Annual report of the Central Committee of the Association together with the report of the directors of the Pasteur Institute at Kasauli
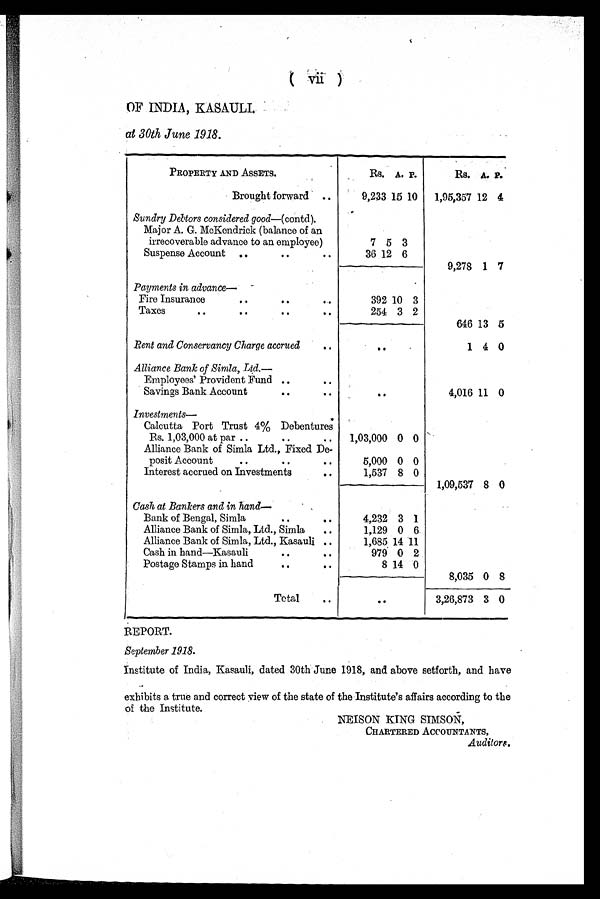
OF INDIA, KASAULI.
at 30th June 1918.
PROPERTY AND ASSETS.
Rs. A. P.
Rs. A. P.
Brought forward ..
9,233 15 10
1,95,357 12 4
Sundry Debtors considered good—(contd).
.
Major A. G. McKendrick (balance of an
irrecoverable advance to an employee)
7 5 3
Suspense Account ..
..
..
36 12 6
9,278 1 7
Payments in advance— -
Fire Insurance
..
• •
• •
392 10 3
Taxes
• •
• •
• •
• •
254 3 2
• •
..
646 13 5
Rent and Conservancy Charge accrued
1 4 0
Alliance Bank of Simla, Ltd.—
Employees' Provident Fund ..
..
Savings Bank Account
• •
• •
4,016 11 0
Investments—
.
Calcutta Port Trust 4% Debentures
Rs. 1,03,000 at par ..
..
..
1,03,000 0 0
Alliance Bank of Simla Ltd., Fixed De-
posit Account
• •
..
• •
5,000 0 0
Interest accrued on Investments
• •
1,537 8 0
1,09,537 8 0
Cash at Bankers and in hand—
Bank of Bengal, Simla
• •
• •
4,232 3 1
Alliance Bank of Simla, Ltd., Simla
..
1,129 0 6.
Alliance Bank of Simla, Ltd., Kasauli ..
1,685 14 .11
Cash in hand—Kasauli
• •
• •
979 0 2
Postage Stamps in hand
• •
..
8 14 0
8,035 0 8
Total
..
• .
3,26,873 3 0
REPORT.
September 1918.
Institute of India, Kasauli, dated 30th June 1918, and above setforth, and have
exhibits a true and correct view of the state of the Institute's affairs according to the
of the Institute.
CHARTERED ACCOUNTANTS,
Auditors.